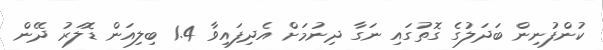
ކުންފުނިން ބަދަލުގެ ގޮތުގައި ނަގާ ދިނުމަށް އެދިފައިވާ 1.4 ބިލިއަން ޑޮލަރު ދޭން